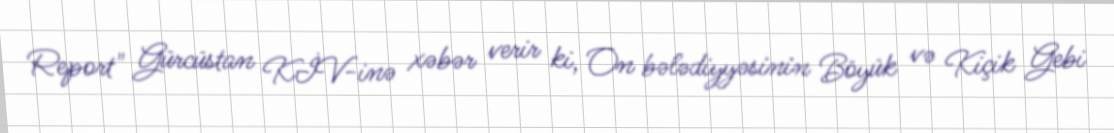
Report" Gürcüstan KİV-inə xəbər verir ki, On bələdiyyəsinin Böyük və Kiçik Gebi